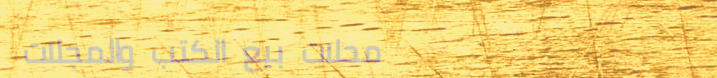
محلات بيع الكتب والمجلات